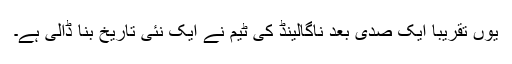
یوں تقریبا ایک صدی بعد ناگالينڈ کی ٹيم نے ایک نئی تاريخ بنا ڈالی ہے۔